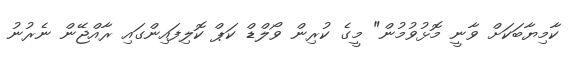
ކާމިޔާބަކަށް ވާނީ މޮޅުވުމުން" މީގެ ކުރިން ވޯލްޑް ކަޕް ކޮލިފައިންގައި ރާއްޖޭން ނެރުނު